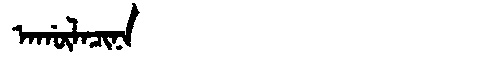
Manchu: ᠠᡤᡡᠯᠠᠴᡳᠨᠠ
Romanization: AGŪLACINA